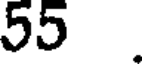
55 .